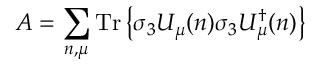
A = \sum _ { n , \mu } \mathrm { T r } \left\{ \sigma _ { 3 } U _ { \mu } ( n ) \sigma _ { 3 } U _ { \mu } ^ { \dagger } ( n ) \right\}